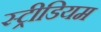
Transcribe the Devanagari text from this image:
स्ट्रीडियम